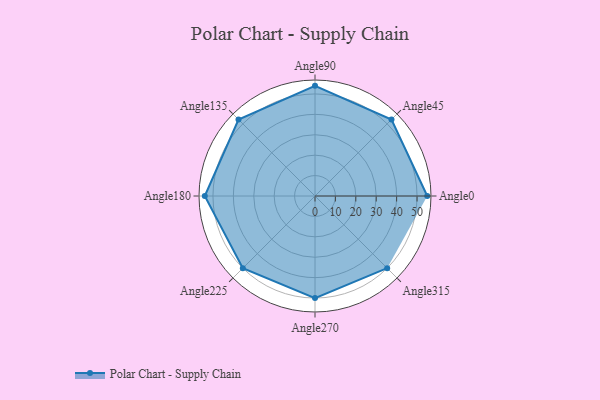
{"axis": {"x": "Angle", "y": "Radius"}, "legend": [""], "data": [{"x": "Angle0", "y": 55.0, "type": ""}, {"x": "Angle45", "y": 53.0, "type": ""}, {"x": "Angle90", "y": 54.0, "type": ""}, {"x": "Angle135", "y": 53.0, "type": ""}, {"x": "Angle180", "y": 54.0, "type": ""}, {"x": "Angle225", "y": 50.0, "type": ""}, {"x": "Angle270", "y": 50, "type": ""}, {"x": "Angle315", "y": 50, "type": ""}]}